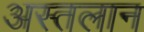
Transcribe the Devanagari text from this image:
अस्तलान